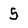
Character: 5